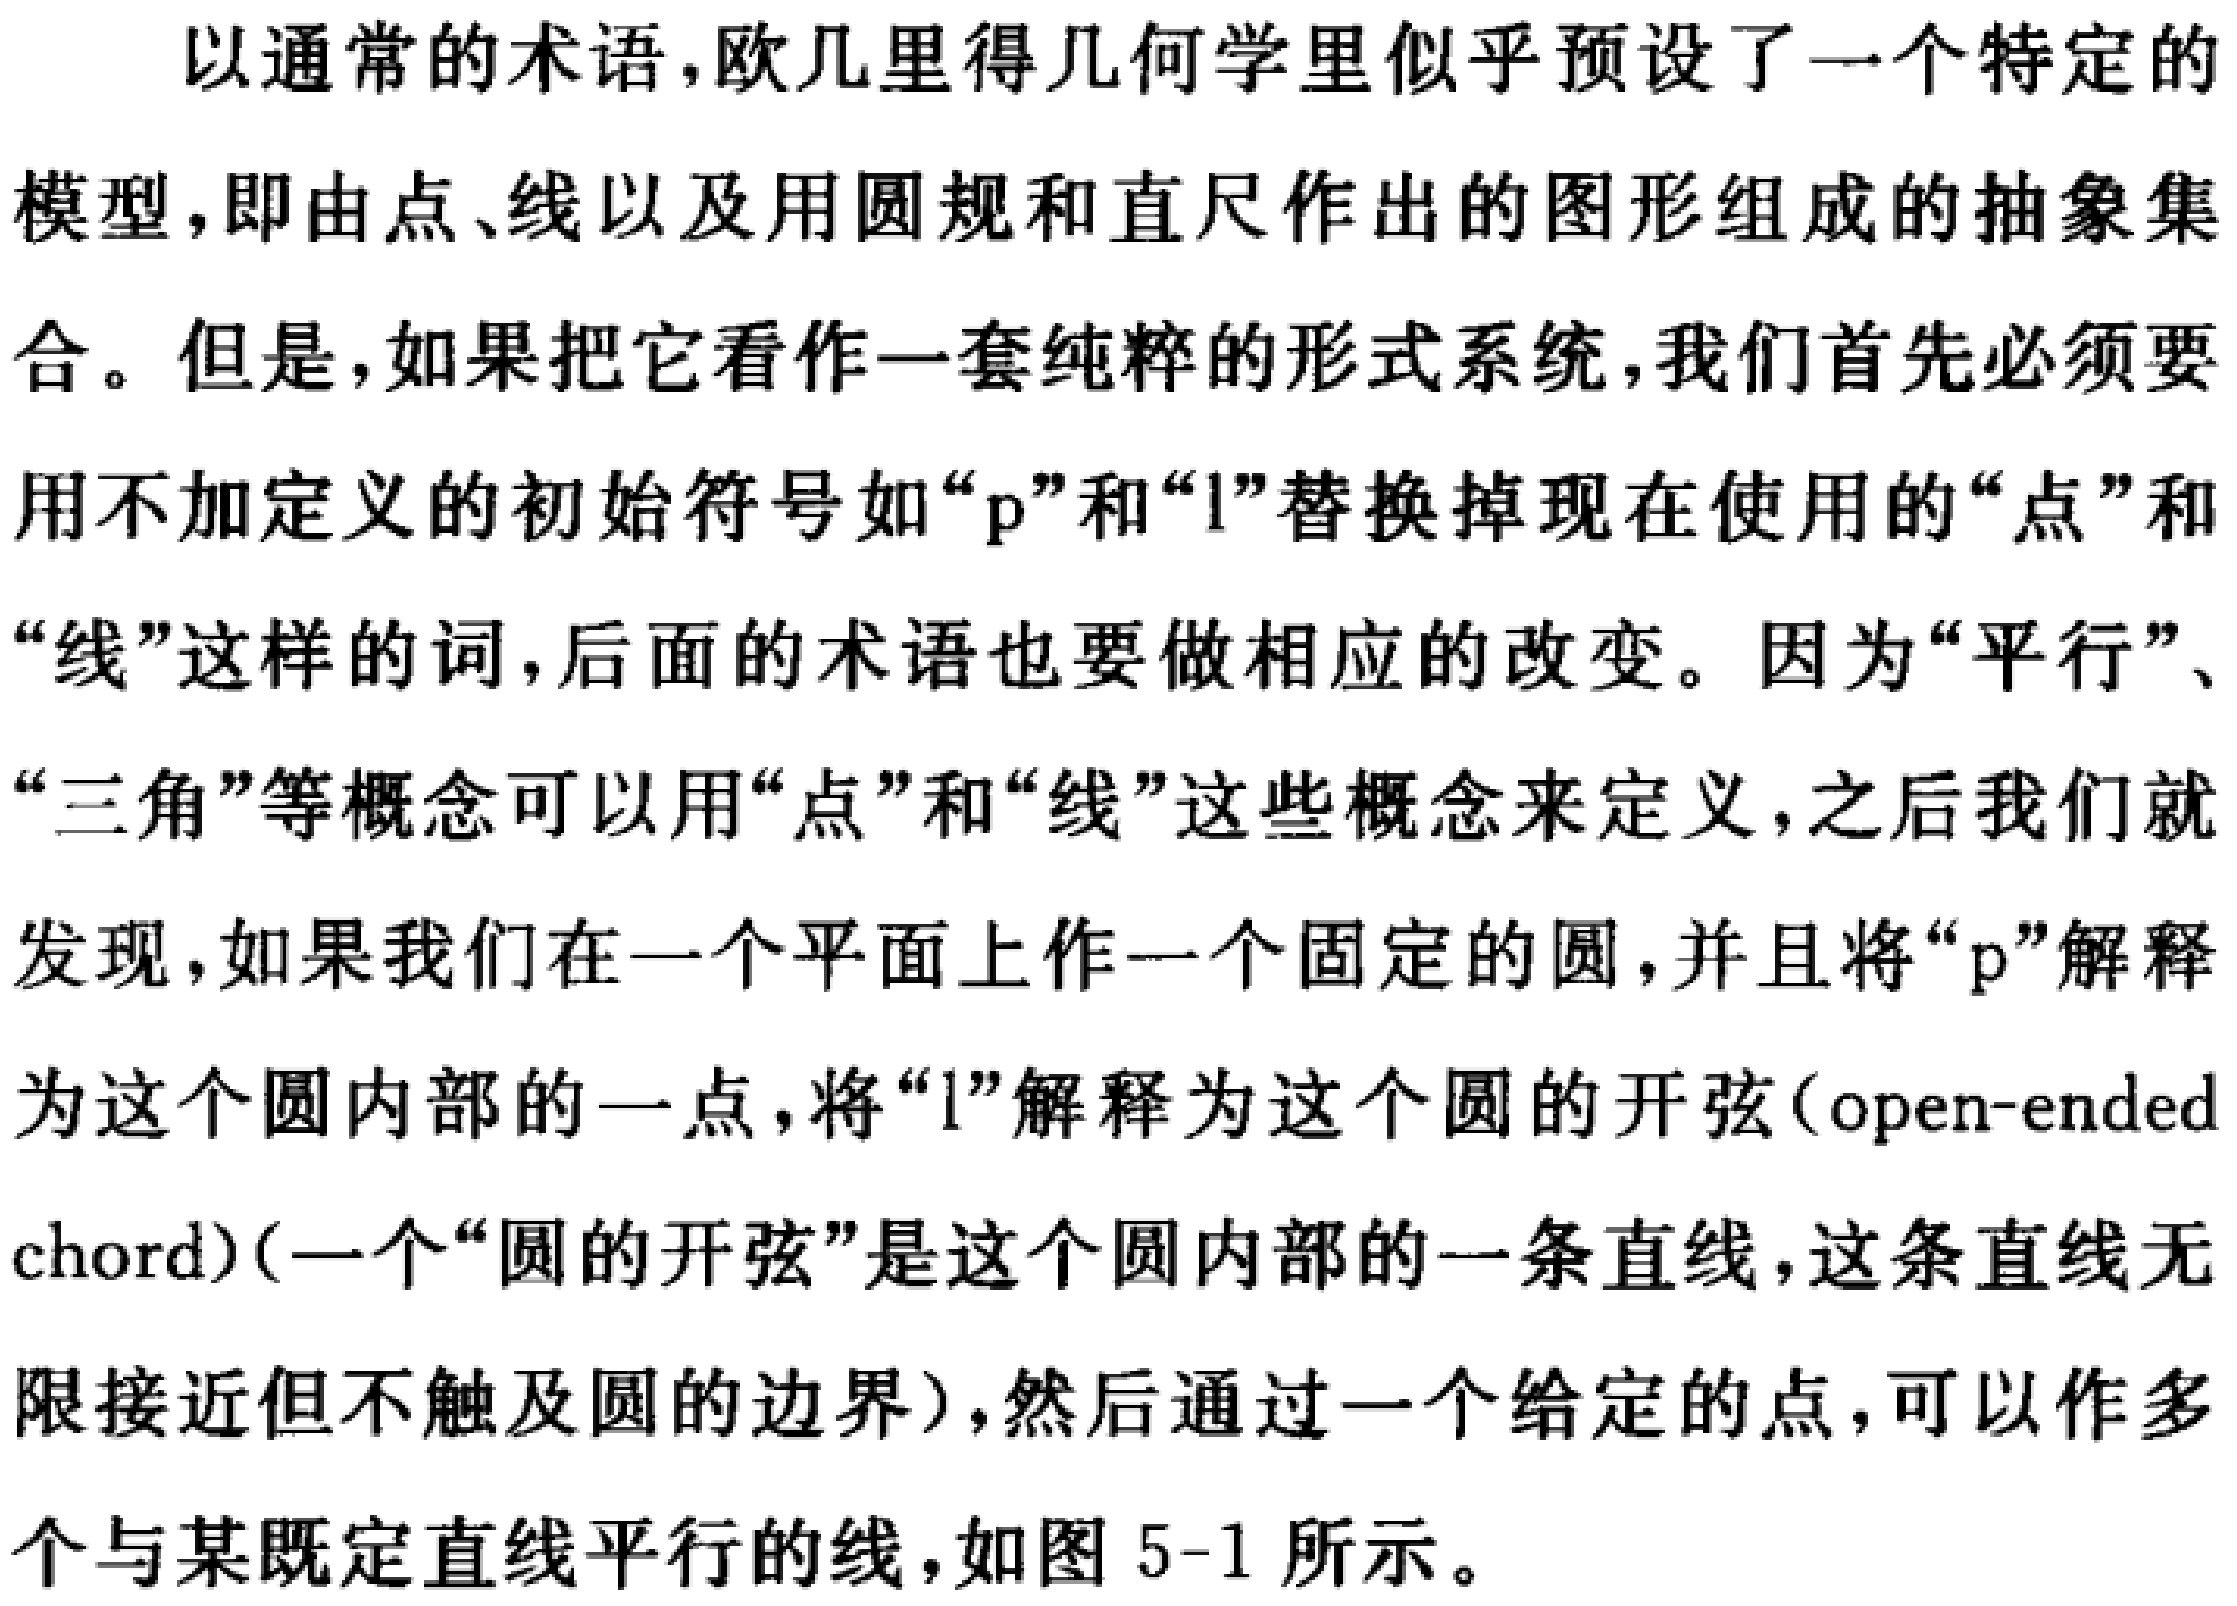
以通常的术语，欧几里得几何学里似乎预设了一个特定的
模型，即由点、线以及用圆规和直尺作出的图形组成的抽象集
合。但是，如果把它看作一套纯粹的形式系统，我们首先必须要
用不加定义的初始符号如“p”和“l”替换掉现在使用的“点”和
“线”这样的词，后面的术语也要做相应的改变。因为“平行”、
“三角”等概念可以用“点”和“线”这些概念来定义，之后我们就
发现，如果我们在一个平面上作一个固定的圆，并且将“p”解释
为这个圆内部的一点，将“l”解释为这个圆的开弦（open - ended
chord）（一个“圆的开弦”是这个圆内部的一条直线，这条直线无
限接近但不触及圆的边界），然后通过一个给定的点，可以作多
个与某既定直线平行的线，如图5 - 1所示。